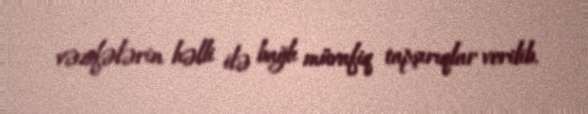
vəzifələrin həlli ilə bağlı müvafiq tapşırıqlar verilib.